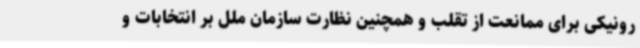
رونیکی برای ممانعت از تقلب و همچنین نظارت سازمان ملل بر انتخابات و